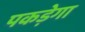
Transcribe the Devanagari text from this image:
पकड़ेगा